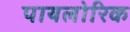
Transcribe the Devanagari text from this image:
पायलोरिक